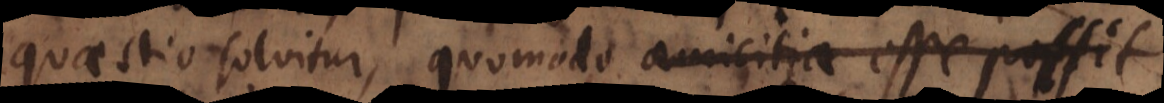
quaestio solvitur, quomodo amicorum commoda